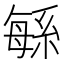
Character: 緐